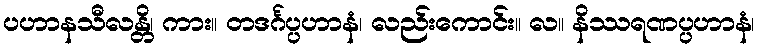
ပဟာနသီလန္တိ၊ ကား။ တဒင်္ဂပ္ပဟာနံ၊ လည်းကောင်း။ လ။ နိဿရဏပ္ပဟာနံ၊